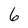
Character: 6